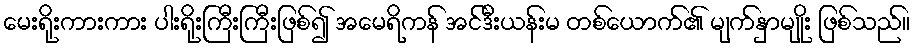
မေးရိုးကားကား ပါးရိုးကြီးကြီးဖြစ်၍ အမေရိကန် အင်ဒီးယန်းမ တစ်ယောက်၏ မျက်နှာမျိုး ဖြစ်သည်။